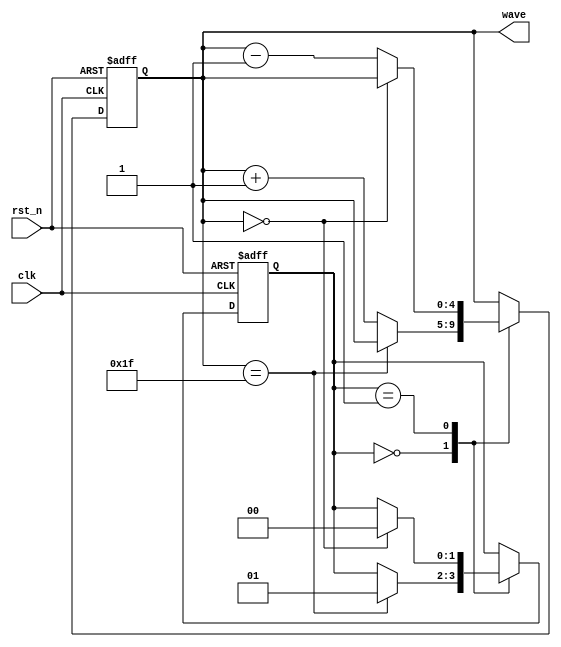
module signal_generator (
  input wire clk,
  input wire rst_n,
  output reg [4:0] wave
);

  reg [1:0] state;

  always @(posedge clk or negedge rst_n) begin
    if (~rst_n) begin
      state <= 2'b00;
      wave <= 5'b00000;
    end
    else begin
      case (state)
        2'b00: begin
          if (wave == 5'b11111)
            state <= 2'b01;
          else
            wave <= wave + 1;
        end
        2'b01: begin
          if (wave == 5'b00000)
            state <= 2'b00;
          else
            wave <= wave - 1;
        end
      endcase
    end
  end

endmodule